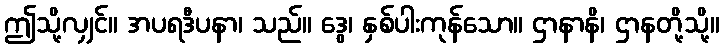
ဤသို့လျှင်။ အပရဒီပနာ၊ သည်။ ဒွေ၊ နှစ်ပါးကုန်သော။ ဌာနာနိ၊ ဌာနတို့သို့။